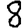
Digit: 8